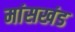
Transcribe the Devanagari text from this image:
मांसखंड